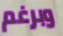
وبرغم